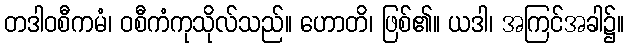
တဒါဝစီကမံ၊ ဝစီကံကုသိုလ်သည်။ ဟောတိ၊ ဖြစ်၏။ ယဒါ၊ အကြင်အခါ၌။